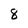
Character: 8